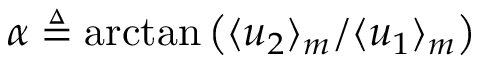
\alpha \triangleq \arctan \left( \langle u _ { 2 } \rangle _ { m } / \langle u _ { 1 } \rangle _ { m } \right)